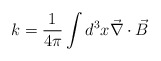
\begin{align*}k=\frac{1}{4\pi} \int d^{3}x \vec{\nabla}\cdot \vec{B}\end{align*}